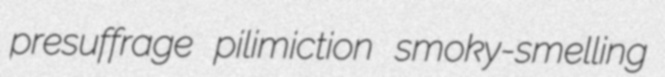
presuffrage pilimiction smoky-smelling